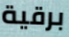
برقية